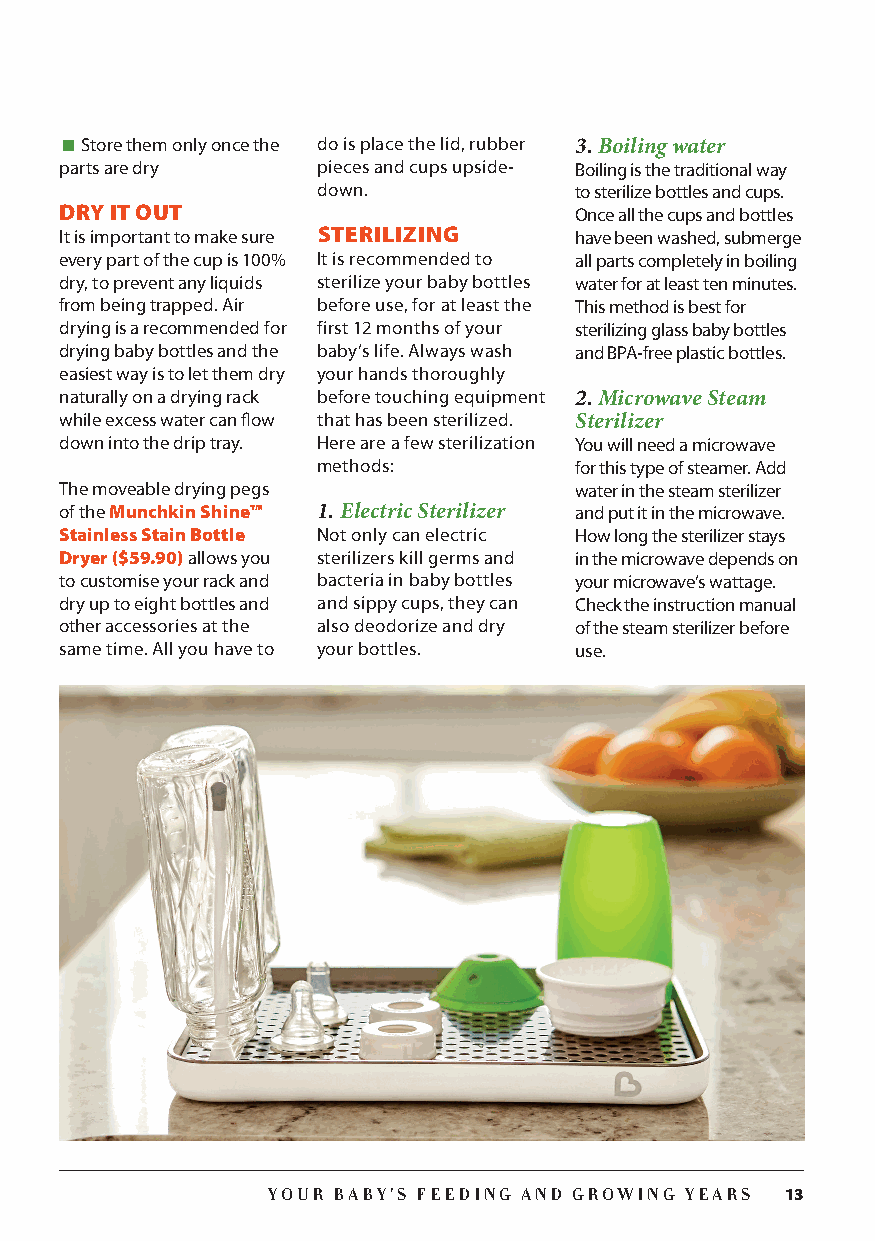
Store them only once the do is place the lid, rubber 3. Boiling water
 parts are dry    pieces and cups upside- Boiling is the traditional way
 down.            to sterilize bottles and cups.
 DRY IT OUT                        Once all the cups and bottles
 It is important to make sure STERILIZING have been washed, submerge
 every part of the cup is 100% It is recommended to all parts completely in boiling
 dry, to prevent any liquids sterilize your baby bottles water for at least ten minutes.
 from being trapped. Air before use, for at least the This method is best for
 drying is a recommended for first 12 months of your sterilizing glass baby bottles
 drying baby bottles and the baby’s life. Always wash and BPA-free plastic bottles.
 easiest way is to let them dry your hands thoroughly
 naturally on a drying rack before touching equipment 2. Microwave Steam
 while excess water can flow that has been sterilized. Sterilizer
 down into the drip tray. Here are a few sterilization You will need a microwave
 methods:         for this type of steamer. Add
 The moveable drying pegs          water in the steam sterilizer
 of the Munchkin Shine™ 1. Electric Sterilizer and put it in the microwave.
 Stainless Stain Bottle Not only can electric How long the sterilizer stays
 Dryer ($59.90) allows you sterilizers kill germs and in the microwave depends on
 to customise your rack and bacteria in baby bottles your microwave’s wattage.
 dry up to eight bottles and and sippy cups, they can Check the instruction manual
 other accessories at the also deodorize and dry of the steam sterilizer before
 same time. All you have to your bottles. use.
 YOUR BABY’S FEEDING AND GROWING YEARS 13